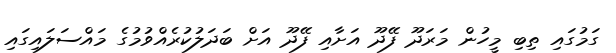
ގަމުގައި ތިބި މީހުން މަރަދޫ ފޭދޫ އަށާއި ފޭދޫ އަށް ބަދަލުކުރެއްވުމުގެ މައްސަލައިގައި